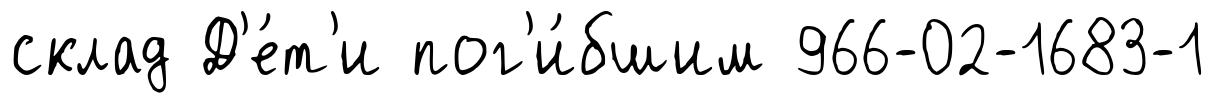
склад Д'е́т'и пог'и́бшим 966-02-1683-1